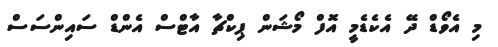
މި އެވޯޑް ދޭ އެކެޑެމީ އޮފް މޯޝަން ޕިކްޗާ އާޓްސް އެންޑް ސައިންސަސް